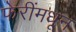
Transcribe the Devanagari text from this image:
फेरींमधून